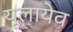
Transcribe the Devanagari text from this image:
यूलायेव